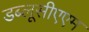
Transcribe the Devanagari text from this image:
डब्लूसीएएम